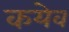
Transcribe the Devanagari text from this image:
कयेव